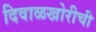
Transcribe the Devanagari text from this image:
दिवाळखोरीची